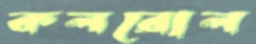
কলরোল